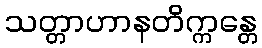
သတ္တာဟာနတိက္ကန္တေ